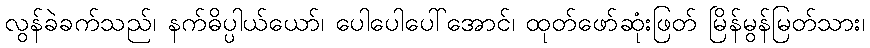
လွန်ခဲခက်သည်၊ နက်ဓိပ္ပါယ်ယော်၊ ပေါပေါပေါ်အောင်၊ ထုတ်ဖော်ဆုံးဖြတ် မြိန်မွန်မြတ်သား၊